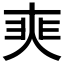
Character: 𡘼